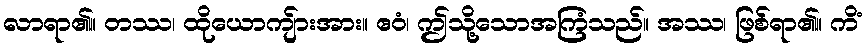
လာရာ၏။ တဿ၊ ထိုယောကျ်ားအား။ ဧဝံ၊ ဤသို့သောအကြံသည်။ အဿ၊ ဖြစ်ရာ၏။ ကိံ